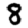
Digit: 8